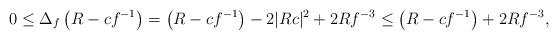
LaTeX: \begin{align*} 0 \leq \Delta_f \left( R-cf^{-1}\right)= \left( R-cf^{-1}\right) -2|Rc|^2 + 2Rf^{-3} \leq \left( R-cf^{-1}\right) + 2Rf^{-3},\end{align*}